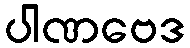
ပါဏဗေဒ